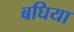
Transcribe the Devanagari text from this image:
बघिया